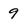
Character: 9